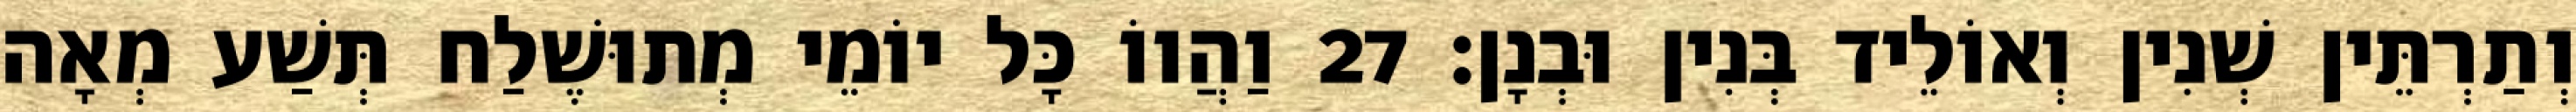
וְתַרְתֵּין שְׁנִין וְאוֹלֵיד בְּנִין וּבְנָן׃ 27 וַהֲווֹ כָּל יוֹמֵי מְתוּשֶׁלַח תְּשַׁע מְאָה